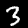
Digit: 3